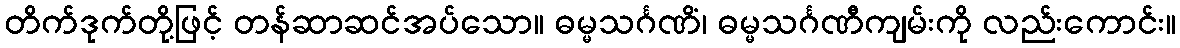
တိက်ဒုက်တို့ဖြင့် တန်ဆာဆင်အပ်သော။ ဓမ္မသင်္ဂဏိံ၊ ဓမ္မသင်္ဂဏီကျမ်းကို လည်းကောင်း။